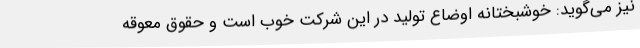
نیز می‌گوید: خوشبختانه اوضاع تولید در این شرکت خوب است و حقوق معوقه